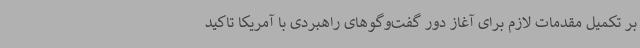
بر تکمیل مقدمات لازم برای آغاز دور گفت‌وگوهای راهبردی با آمریکا تاکید